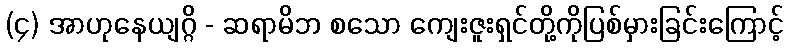
(၄) အာဟုနေယျဂ္ဂိ - ဆရာမိဘ စသော ကျေးဇူးရှင်တို့ကိုပြစ်မှားခြင်းကြောင့်